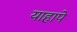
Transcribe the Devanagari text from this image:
याहापे